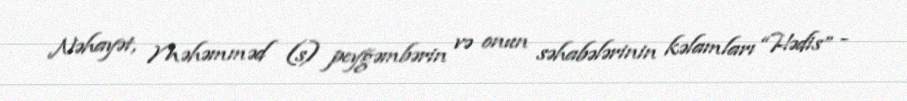
Nəhayət, Məhəmməd (s) peyğəmbərin və onun səhabələrinin kəlamları “Hədis” -